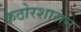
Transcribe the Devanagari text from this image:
कठोरशासन